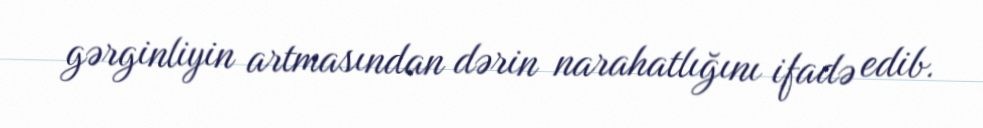
gərginliyin artmasından dərin narahatlığını ifadə edib.